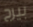
بيرج